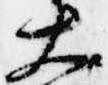
大